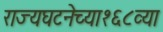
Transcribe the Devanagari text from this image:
राज्यघटनेच्या१६८व्या